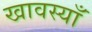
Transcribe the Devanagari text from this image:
खावस्याँ